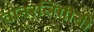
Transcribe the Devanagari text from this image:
वानरलिंगीची